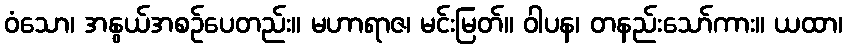
ဝံသော၊ အနွယ်အစဉ်ပေတည်း။ မဟာရာဇ၊ မင်းမြတ်။ ဝါပန၊ တနည်းသော်ကား။ ယထာ၊